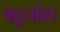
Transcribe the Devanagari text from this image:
बहूतांश